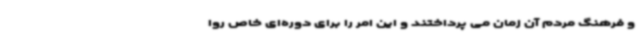
و فرهنگ مردم آن زمان می پرداختند و این امر را برای دوره‌ای خاص روا